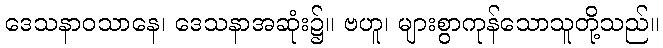
ဒေသနာဝသာနေ၊ ဒေသနာအဆုံး၌။ ဗဟူ၊ များစွာကုန်သောသူတို့သည်။